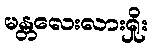
မန္တလေးလားရှိုး